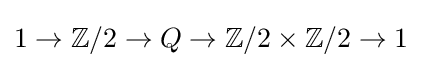
1\to \mathbb {Z} /2\to Q\to \mathbb {Z} /2\times \mathbb {Z} /2\to 1